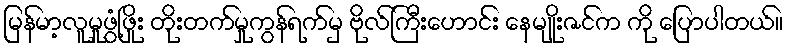
မြန်မာ့လူမှုဖွံ့ဖြိုး တိုးတက်မှုကွန်ရက်မှ ဗိုလ်ကြီးဟောင်း နေမျိုးဇင်က ကို ပြောပါတယ်။